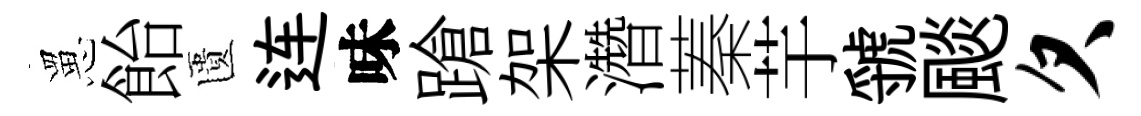
罳飴匱连味蹌架濳蓁芋虢颷欠